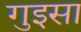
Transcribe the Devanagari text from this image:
गुइसा